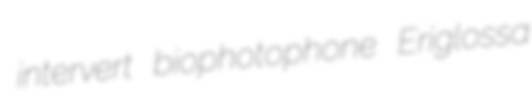
intervert biophotophone Eriglossa